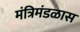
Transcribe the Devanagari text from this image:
मंत्रिमंडळास